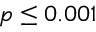
p \leq 0 . 0 0 1